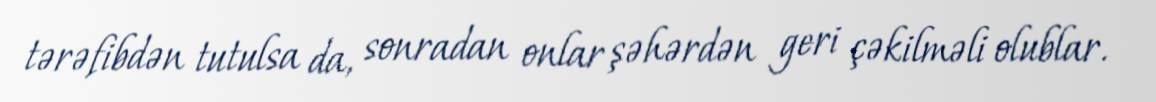
tərəfibdən tutulsa da, sonradan onlar şəhərdən geri çəkilməli olublar.